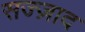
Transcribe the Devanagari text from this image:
सज्ज़ाद